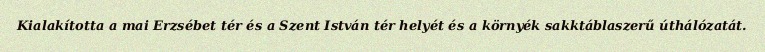
Kialakította a mai Erzsébet tér és a Szent István tér helyét és a környék sakktáblaszerű úthálózatát.